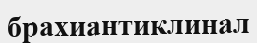
брахиантиклинал